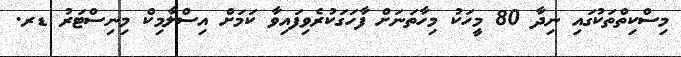
މިސްކިތްތަކުގައި ނިދާ 80 މީހަކު މިހާތަނަށް ފާހަގަކުރެވިފައިވާ ކަމަށް އިސްލާމިކް މިނިސްޓަރު ޑރ.